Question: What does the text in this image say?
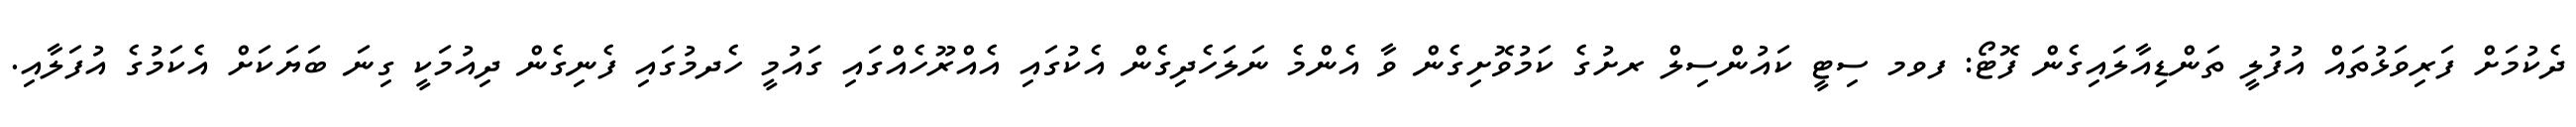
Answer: ދެކުމަށް ފަރިވަޅުތައް އުފުލީ ތަންޑިއާލައިގެން ފޮޓޯ: ފވމ ސިޓީ ކައުންސިލް ރށުގެ ކަމުވޮށިގެން ވާ އެންމެ ނަލަހެދިގެން އެކުގައި އެއްރޫހެއްގައި ގައުމީ ހެދމުގައި ފެނިގެން ދިއުމަކީ ގިނަ ބަޔަކަށް އެކަމުގެ އުފަލާއި.